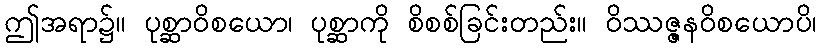
ဤအရာ၌။ ပုစ္ဆာဝိစယော၊ ပုစ္ဆာကို စိစစ်ခြင်းတည်း။ ဝိဿဇ္ဇနဝိစယောပိ၊